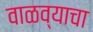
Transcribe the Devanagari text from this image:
वाळव्याचा